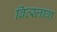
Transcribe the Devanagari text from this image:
ब्रित्स्लावा